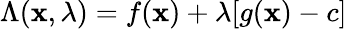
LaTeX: \Lambda(\mathbf{x},\lambda)=f(\mathbf{x})+\lambda[g(\mathbf{x})-c]